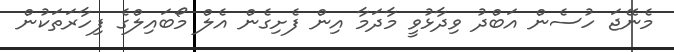
މެނޭޖަ ހުސެން އަބްދު ވިދާޅުވީ މާދަމާ އިން ފެށިގެން އެލް މޯބައިލްގެ ފިހާރަތަކުން